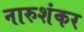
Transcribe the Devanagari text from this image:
नारुशंकर